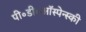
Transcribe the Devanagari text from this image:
पी॰डी॰ऑस्पेन्स्की